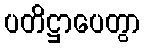
ပတိဋ္ဌာပေတွာ